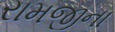
રામજીના